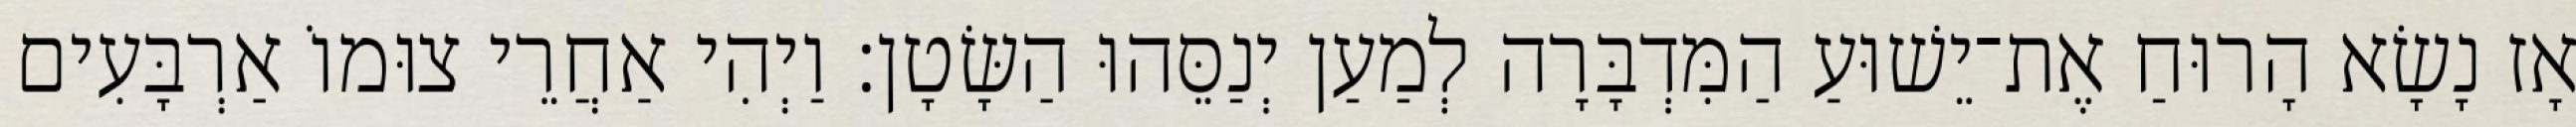
אָז נָשָׂא הָרוּחַ אֶת־יֵשׁוּעַ הַמִּדְבָּרָה לְמַעַן יְנַסֵּהוּ הַשָּׂטָן׃ וַיְהִי אַחֲרֵי צוּמוֹ אַרְבָּעִים